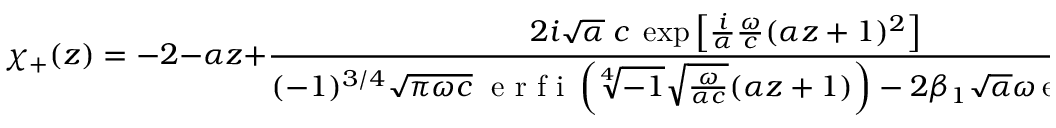
\chi _ { + } ( z ) = - 2 - \alpha z + \frac { 2 i \sqrt { \alpha } \; c \; \exp \left[ \frac { i } { \alpha } \frac { \omega } { c } ( \alpha z + 1 ) ^ { 2 } \right] } { ( - 1 ) ^ { 3 / 4 } \sqrt { \pi \omega c } \; \mathrm { ~ e ~ r ~ f ~ i ~ } \left( \sqrt [ 4 ] { - 1 } \sqrt { \frac { \omega } { \alpha c } } ( \alpha z + 1 ) \right) - 2 \beta _ { 1 } \sqrt { \alpha } \omega \exp \left( \frac { i } { \alpha } \frac { \omega } { c } \right) } ,